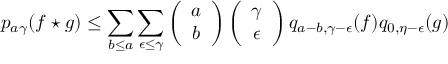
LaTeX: p _ { a \gamma } ( f \star g ) \leq \sum _ { b \leq a } \sum _ { \epsilon \leq \gamma } \left( \begin{array} { c } { { a } } \\ { { b } } \end{array} \right) \left( \begin{array} { c } { { \gamma } } \\ { { \epsilon } } \end{array} \right) q _ { a - b , \gamma - \epsilon } ( f ) q _ { 0 , \eta - \epsilon } ( g )